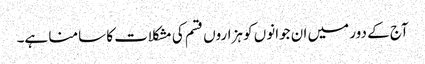
آج کے دور میں ان جوانوں کو ہزاروں قسم کی مشکلات کا سامنا ہے۔